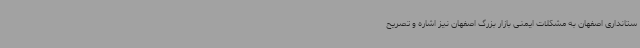
ستانداری اصفهان به مشکلات ایمنی بازار بزرگ اصفهان نیز اشاره و تصریح